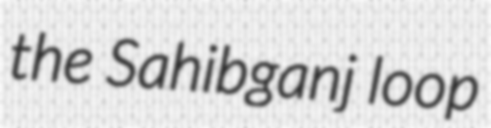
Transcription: the Sahibganj loop